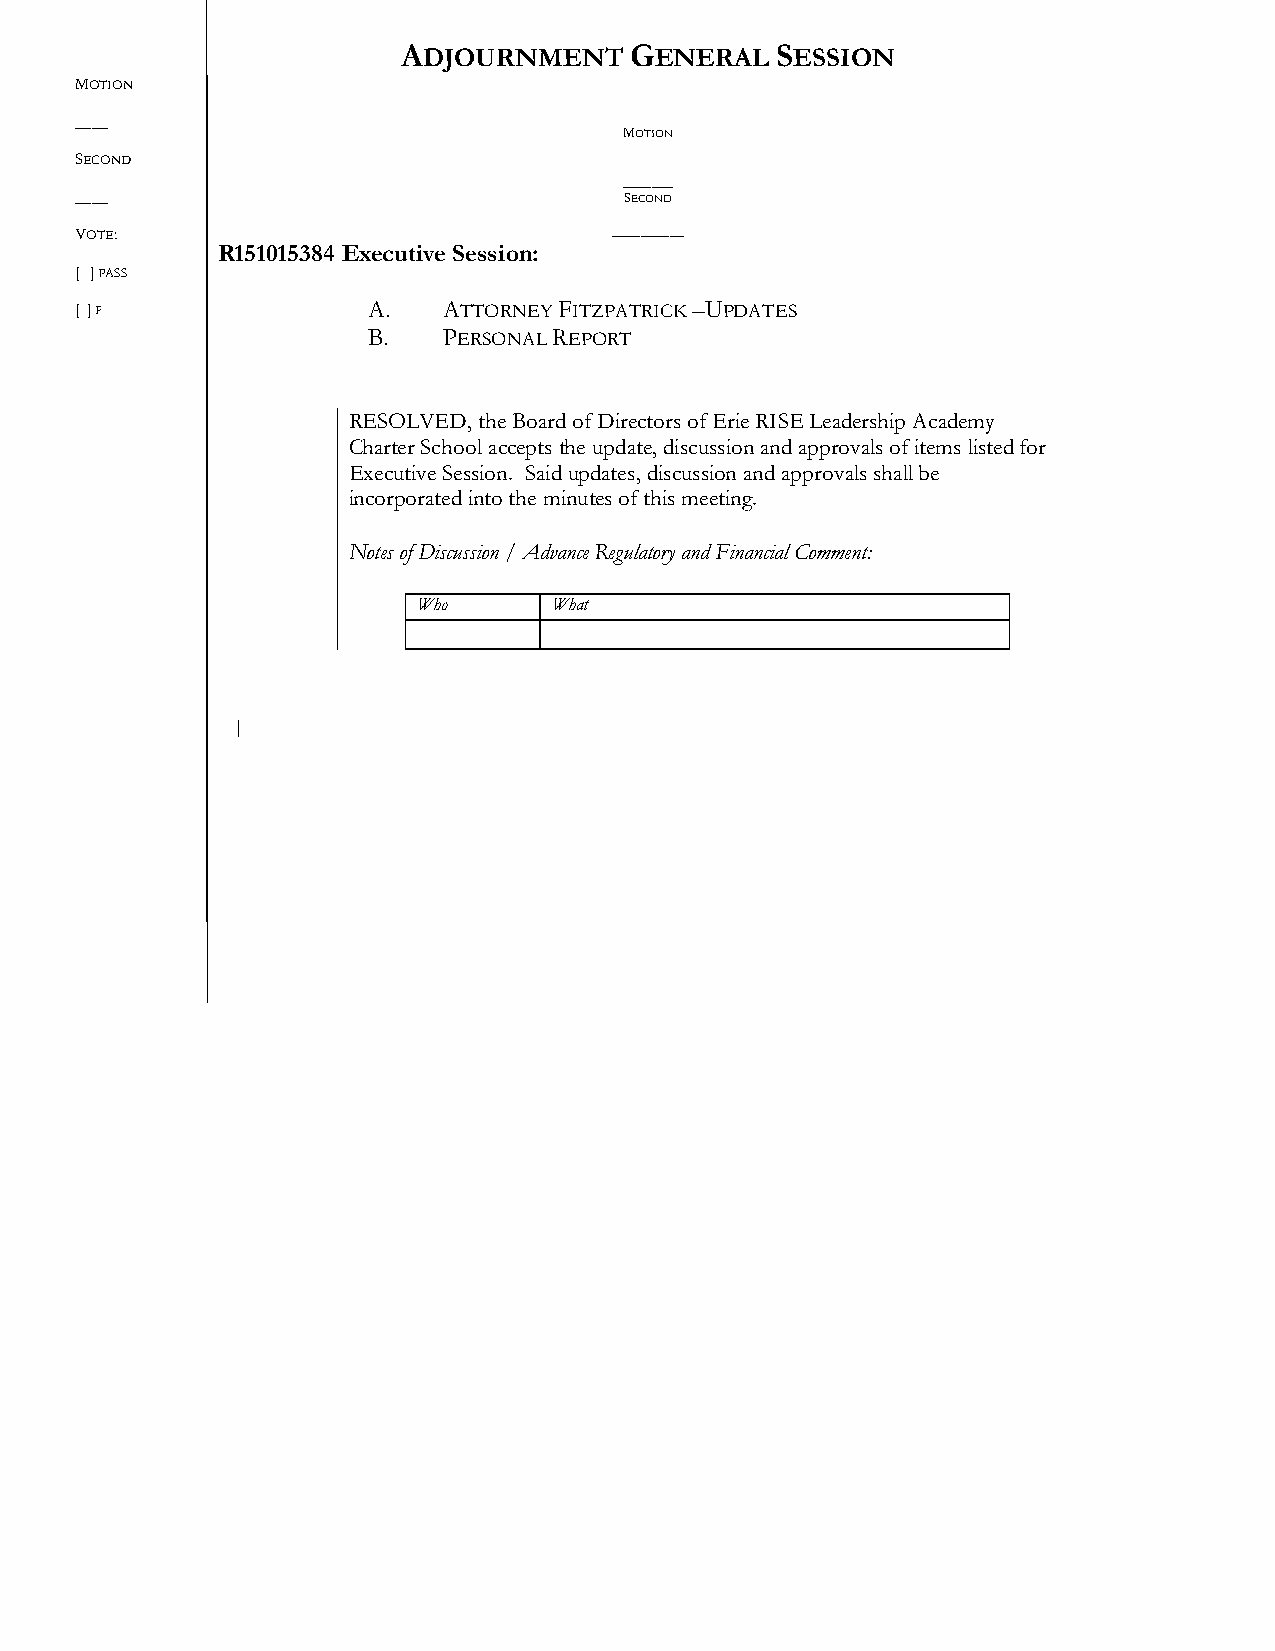
ADJOURNMENT    GENERAL  SESSION
 MOTION
 ____
 MOTION
 SECOND
 _______
 ____                                SECOND
 VOTE:                              __________
 R15101538 4 Executive Session:
 [ ] PASS
 [ ] F              A.   ATTORNEY FITZPATRICK –UPDATES
 B.   PERSONAL REPORT
 RESOLVED, the Board of Directors of Erie RISE Leadership Academy
 Charter School accepts the update, discussion and approvals of items listed for
 Executive Session. Said updates, discussion and approvals shall be
 incorporated into the minutes of this meeting.
 Notes of Discussion / Advance Regulatory and Financial Comment:
 Who      What